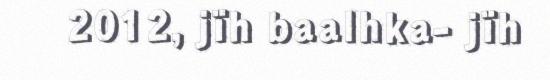
2012, jïh baalhka- jïh